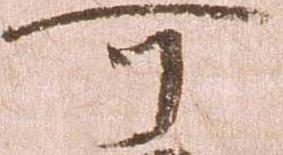
可